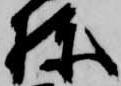
棟